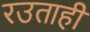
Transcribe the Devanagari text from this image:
रउताही